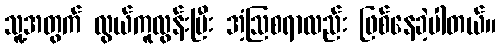
သူ့အတွက် လွယ်ကူလွန်းပြီး အံ့ဩစရာလည်း ဖြစ်နေခဲ့ပါတယ်။